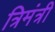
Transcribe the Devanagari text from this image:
त्रिमंत्री